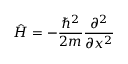
{ \hat { H } } = - { \frac { \hbar ^ { 2 } } { 2 m } } { \frac { \partial ^ { 2 } } { \partial x ^ { 2 } } }